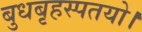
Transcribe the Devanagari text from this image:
बुधबृहस्पतयो।